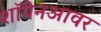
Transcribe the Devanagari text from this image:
शॉपेनआवर